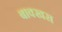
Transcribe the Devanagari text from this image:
बाक्खस